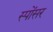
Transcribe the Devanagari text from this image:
स्पोंसर